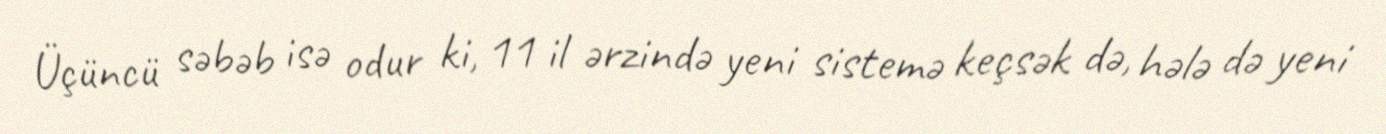
Üçüncü səbəb isə odur ki, 11 il ərzində yeni sistemə keçsək də, hələ də yeni